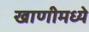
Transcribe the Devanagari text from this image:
खाणीमध्ये